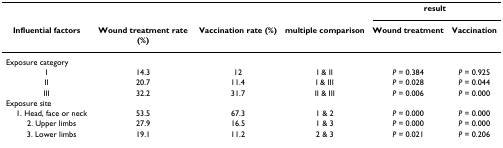
<table><thead><tr><td></td><td></td><td></td><td></td><td colspan="2"><b>result</b></td></tr><tr><td><b>Influential factors</b></td><td><b>Wound treatment rate (%)</b></td><td><b>Vaccination rate (%)</b></td><td><b>multiple comparison</b></td><td><b>Wound treatment</b></td><td><b>Vaccination</b></td></tr></thead><tbody><tr><td>Exposure category</td><td></td><td></td><td></td><td></td><td></td></tr><tr><td>I</td><td>14.3</td><td>12</td><td>I &amp; II</td><td><i>P </i>= 0.384</td><td><i>P </i>= 0.925</td></tr><tr><td>II</td><td>20.7</td><td>11.4</td><td>I &amp; III</td><td><i>P </i>= 0.028</td><td><i>P </i>= 0.044</td></tr><tr><td>III</td><td>32.2</td><td>31.7</td><td>II &amp; III</td><td><i>P </i>= 0.006</td><td><i>P </i>= 0.000</td></tr><tr><td>Exposure site</td><td></td><td></td><td></td><td></td><td></td></tr><tr><td> 1. Head, face or neck</td><td>53.5</td><td>67.3</td><td>1 &amp; 2</td><td><i>P </i>= 0.000</td><td><i>P </i>= 0.000</td></tr><tr><td> 2. Upper limbs</td><td>27.9</td><td>16.5</td><td>1 &amp; 3</td><td><i>P </i>= 0.000</td><td><i>P </i>= 0.000</td></tr><tr><td> 3. Lower limbs</td><td>19.1</td><td>11.2</td><td>2 &amp; 3</td><td><i>P </i>= 0.021</td><td><i>P </i>= 0.206</td></tr></tbody></table>